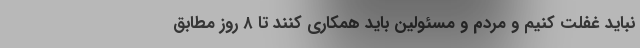
نباید غفلت کنیم و مردم و مسئولین باید همکاری کنند تا ۸ روز مطابق